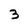
Character: 3